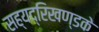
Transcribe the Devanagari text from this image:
सह्यद्रिखण्डके